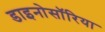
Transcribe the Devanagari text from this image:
डाइनोसॉरिया